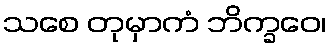
သစေ တုမှာကံ ဘိက္ခဝေ၊